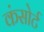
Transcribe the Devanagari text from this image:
कंसोर्ट